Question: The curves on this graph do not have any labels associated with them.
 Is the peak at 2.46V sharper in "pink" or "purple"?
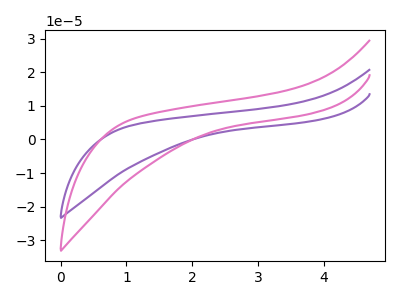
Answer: <think>The purple curve "purple" has no peaks. The pink curve "pink" has no peaks.</think>
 <answer>"pink" and "purple" dont share a peak at 2.46V.</answer>
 <eval>mismatch</eval>